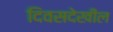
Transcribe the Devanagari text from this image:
दिवसदेखील